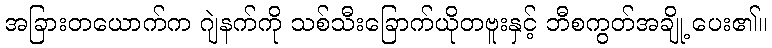
အခြားတယောက်က ဂျဲနက်ကို သစ်သီးခြောက်ယိုတဗူးနှင့် ဘီစကွတ်အချို့ ပေး၏။